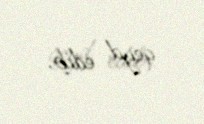
qeyd edib.